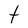
Character: t